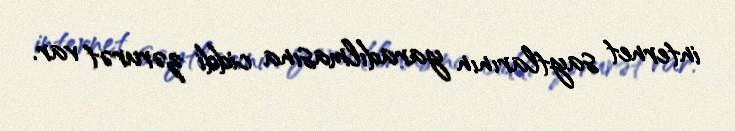
internet saytlarının yaradılmasına ciddi zərurət var.